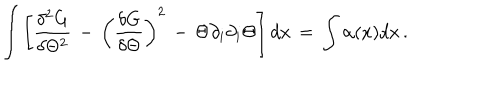
\int \left[ { \frac { \delta ^ { 2 } G } { \delta \Theta ^ { 2 } } } \, - \, \left( { \frac { \delta G } { \delta \Theta } } \right) ^ { 2 } \, - \, \Theta \partial _ { i } \partial _ { i } \Theta \right] d x \, = \, \int \alpha ( x ) d x \, .